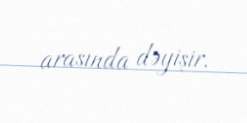
arasında dəyişir.